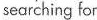
searching lor